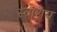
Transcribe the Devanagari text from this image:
स्वाशय